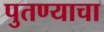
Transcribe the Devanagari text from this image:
पुतण्याचा